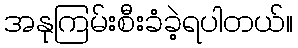
အနုကြမ်းစီးခံခဲ့ရပါတယ်။